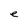
Character: e